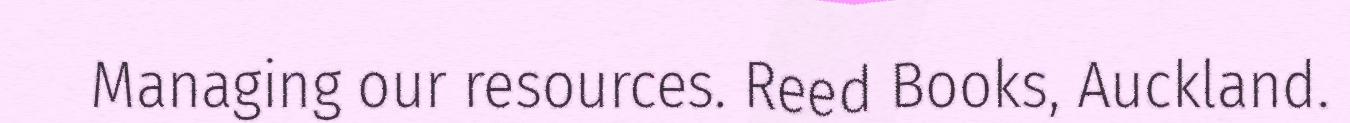
Managing our resources. Reed Books, Auckland.